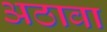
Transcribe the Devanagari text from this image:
अठावा